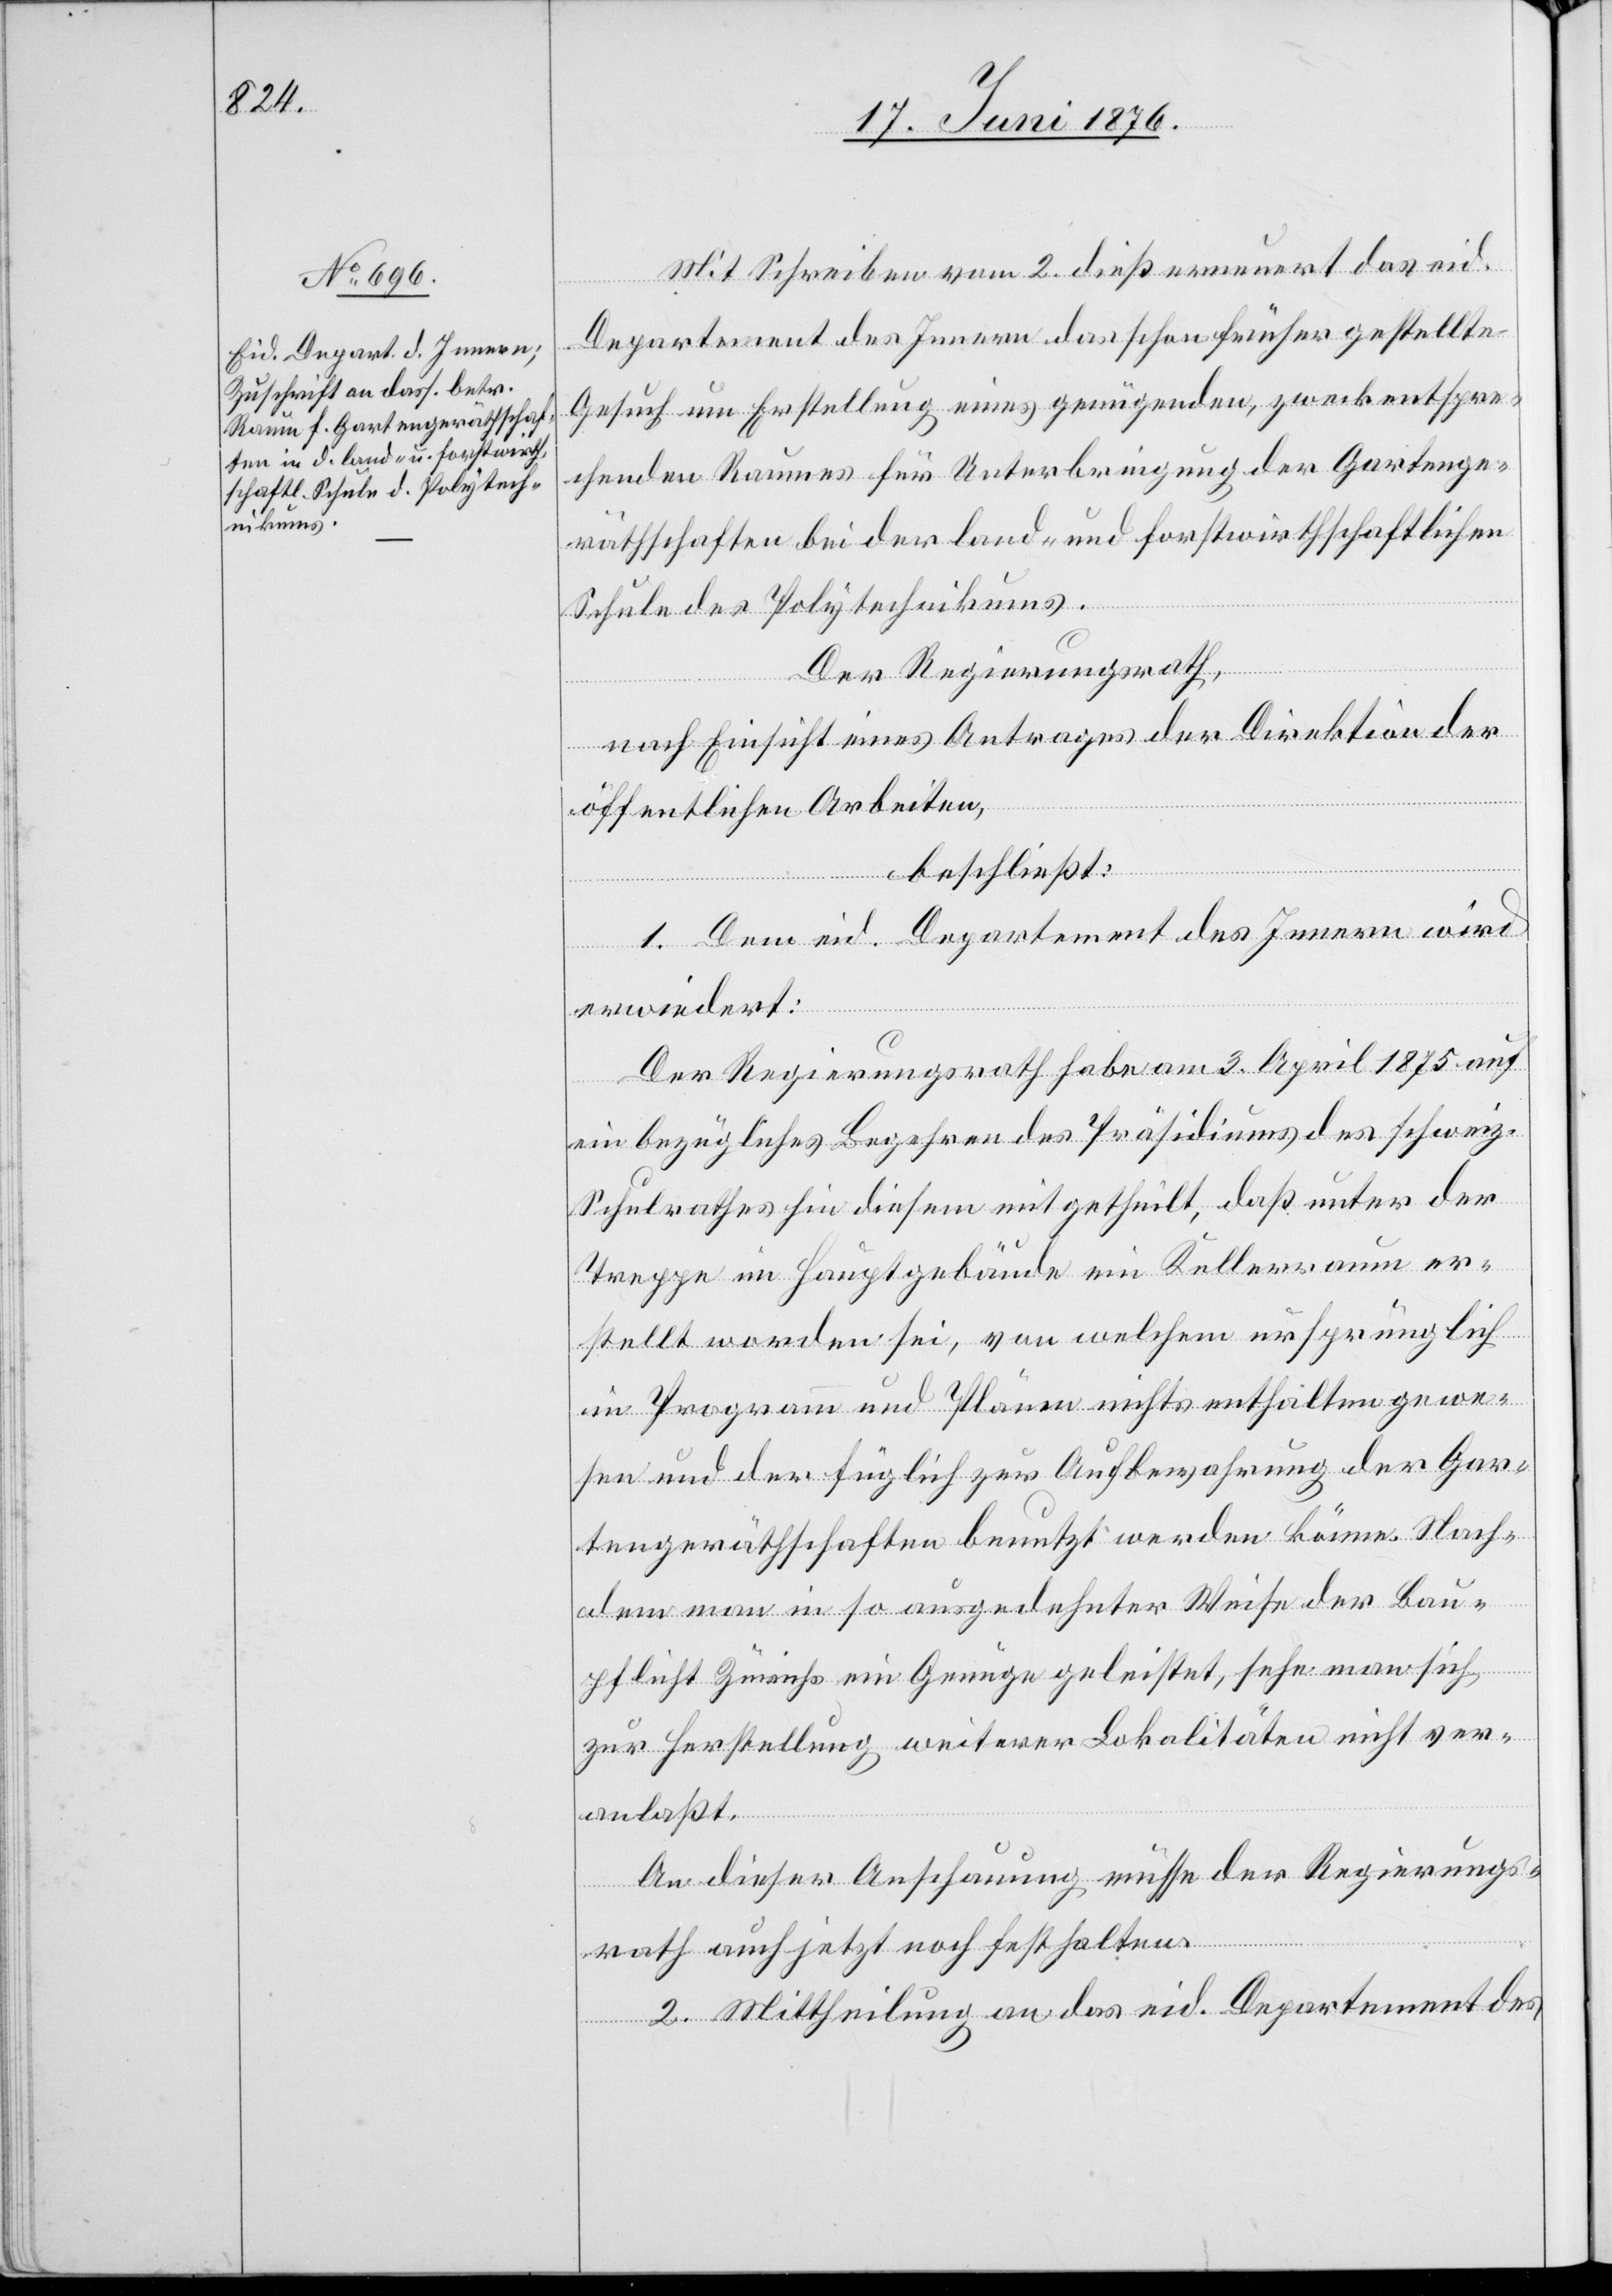
Mit Schreiben vom 2. dieß erneuert das eid.
Departement des Innern das schon früher gestellte
Gesuch um Erstellung eines genügenden, zweckentspre¬
chenden Raumes für Unterbringung der Gartenge¬
räthschaften bei der land- und forstwirthschaftlichen
Schulde des Polytechnikums.
Der Regierungsrath,
nach Einsicht eines Antrages der Direktion der
öffentlichen Arbeiten,
beschließt:
1. Dem eid. Departement des Innern wird
erwiedert:
Der Regierungsrath habe am 3. April 1875 auf
ein bezügliches Begehren des Präsidiums des schweiz.
Schulrathes hin diesem mitgetheilt, daß unter der
Treppe im Hauptgebäude ein Kellerraum er¬
stellt worden sei, von welchem ursprünglich
in Programm und Plänen nichts enthalten gewe¬
sen und der füglich zur Aufbewahrung der Gar¬
tengeräthschaften benutzt werden könne. Nach¬
dem man in so ausgedehnter Weise der Bau¬
pflicht Zürichs ein Genüge geleistet, sehe man sich
zur Herstellung weiterer Lokalitäten nicht ver¬
anlaßt.
An dieser Anschauung müsse der Regierungs¬
rath auch jetzt noch festhalten.
2. Mittheilung an das eid. Departement des